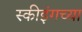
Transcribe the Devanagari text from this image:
स्कीइंगच्या